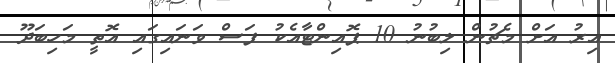
އިރު އަށް މެޗުން ލިބުނު 10 ޕޮއިންޓާއެކު ފަސް ވަނައިގައި އޮތީ މަހިބަދޫ